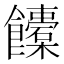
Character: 𩟰